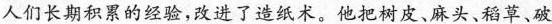
人们长期积累的经验，改进了造纸术。他把树皮、麻头、稻草、破